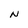
Character: N